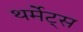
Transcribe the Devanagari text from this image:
थर्मेट्स